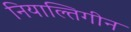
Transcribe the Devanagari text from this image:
नियाल्तिगीन